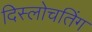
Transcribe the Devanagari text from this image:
दिस्लोचतिंग